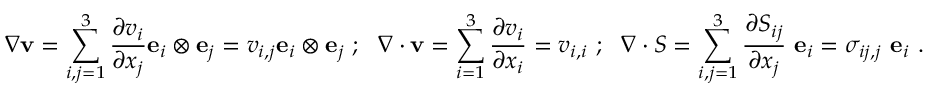
{ \boldsymbol { \nabla } } \mathbf { v } = \sum _ { i , j = 1 } ^ { 3 } { \frac { \partial v _ { i } } { \partial x _ { j } } } \mathbf { e } _ { i } \otimes \mathbf { e } _ { j } = v _ { i , j } \mathbf { e } _ { i } \otimes \mathbf { e } _ { j } ~ ; ~ ~ { \boldsymbol { \nabla } } \cdot \mathbf { v } = \sum _ { i = 1 } ^ { 3 } { \frac { \partial v _ { i } } { \partial x _ { i } } } = v _ { i , i } ~ ; ~ ~ { \boldsymbol { \nabla } } \cdot { \boldsymbol { S } } = \sum _ { i , j = 1 } ^ { 3 } { \frac { \partial S _ { i j } } { \partial x _ { j } } } ~ \mathbf { e } _ { i } = \sigma _ { i j , j } ~ \mathbf { e } _ { i } ~ .